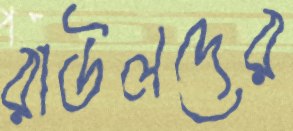
রাউলদের